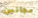
مجانين